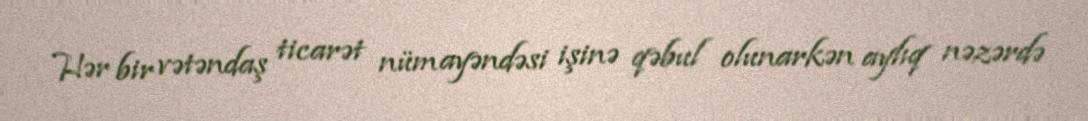
Hər bir vətəndaş ticarət nümayəndəsi işinə qəbul olunarkən aylıq nəzərdə